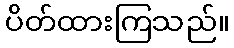
ပိတ်ထားကြသည်။